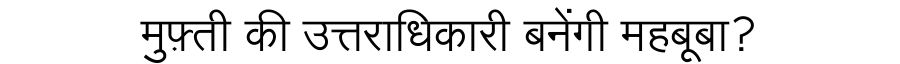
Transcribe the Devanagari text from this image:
मुफ़्ती की उत्तराधिकारी बनेंगी महबूबा?